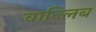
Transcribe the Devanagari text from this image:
वाज्लिब